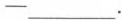
——___.